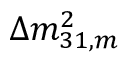
\Delta m _ { 3 1 , m } ^ { 2 }